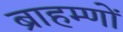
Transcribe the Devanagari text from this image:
ब्राहम्‍णों